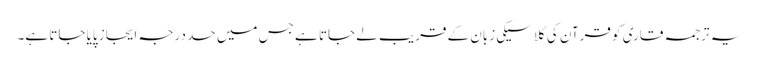
یہ ترجمہ قاری کو قرآن کی کلاسیکی زبان کے قریب لے جاتا ہے جس میں حد درجہ ایجاز پایا جاتا ہے۔